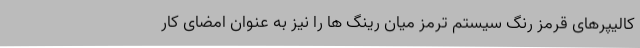
کالیپرهای قرمز رنگ سیستم ترمز میان رینگ ها را نیز به عنوان امضای کار